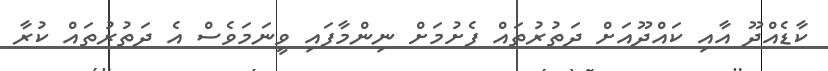
ކާޑެއްދޫ އާއި ކައްދޫއަށް ދަތުރުތައް ފެށުމަށް ނިންމާފައި ވީނަމަވެސް އެ ދަތުރުތައް ކުރާ